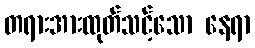
တရားအားထုတ်သင့်သော နေရာ